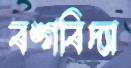
বঙ্গবিদ্যা